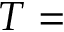
T =